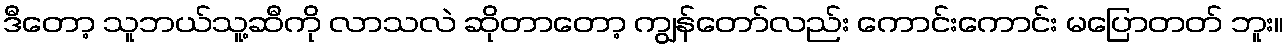
ဒီတော့ သူဘယ်သူ့ဆီကို လာသလဲ ဆိုတာတော့ ကျွန်တော်လည်း ကောင်းကောင်း မပြောတတ် ဘူး။